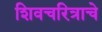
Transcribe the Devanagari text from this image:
शिवचरित्राचे